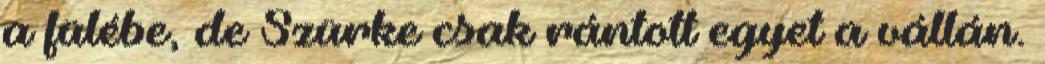
a fülébe, de Szürke csak rántott egyet a vállán.